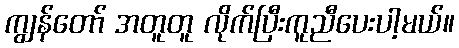
ကျွန်တော် အတူတူ လိုက်ပြီးကူညီပေးပါ့မယ်။